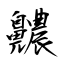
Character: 齈